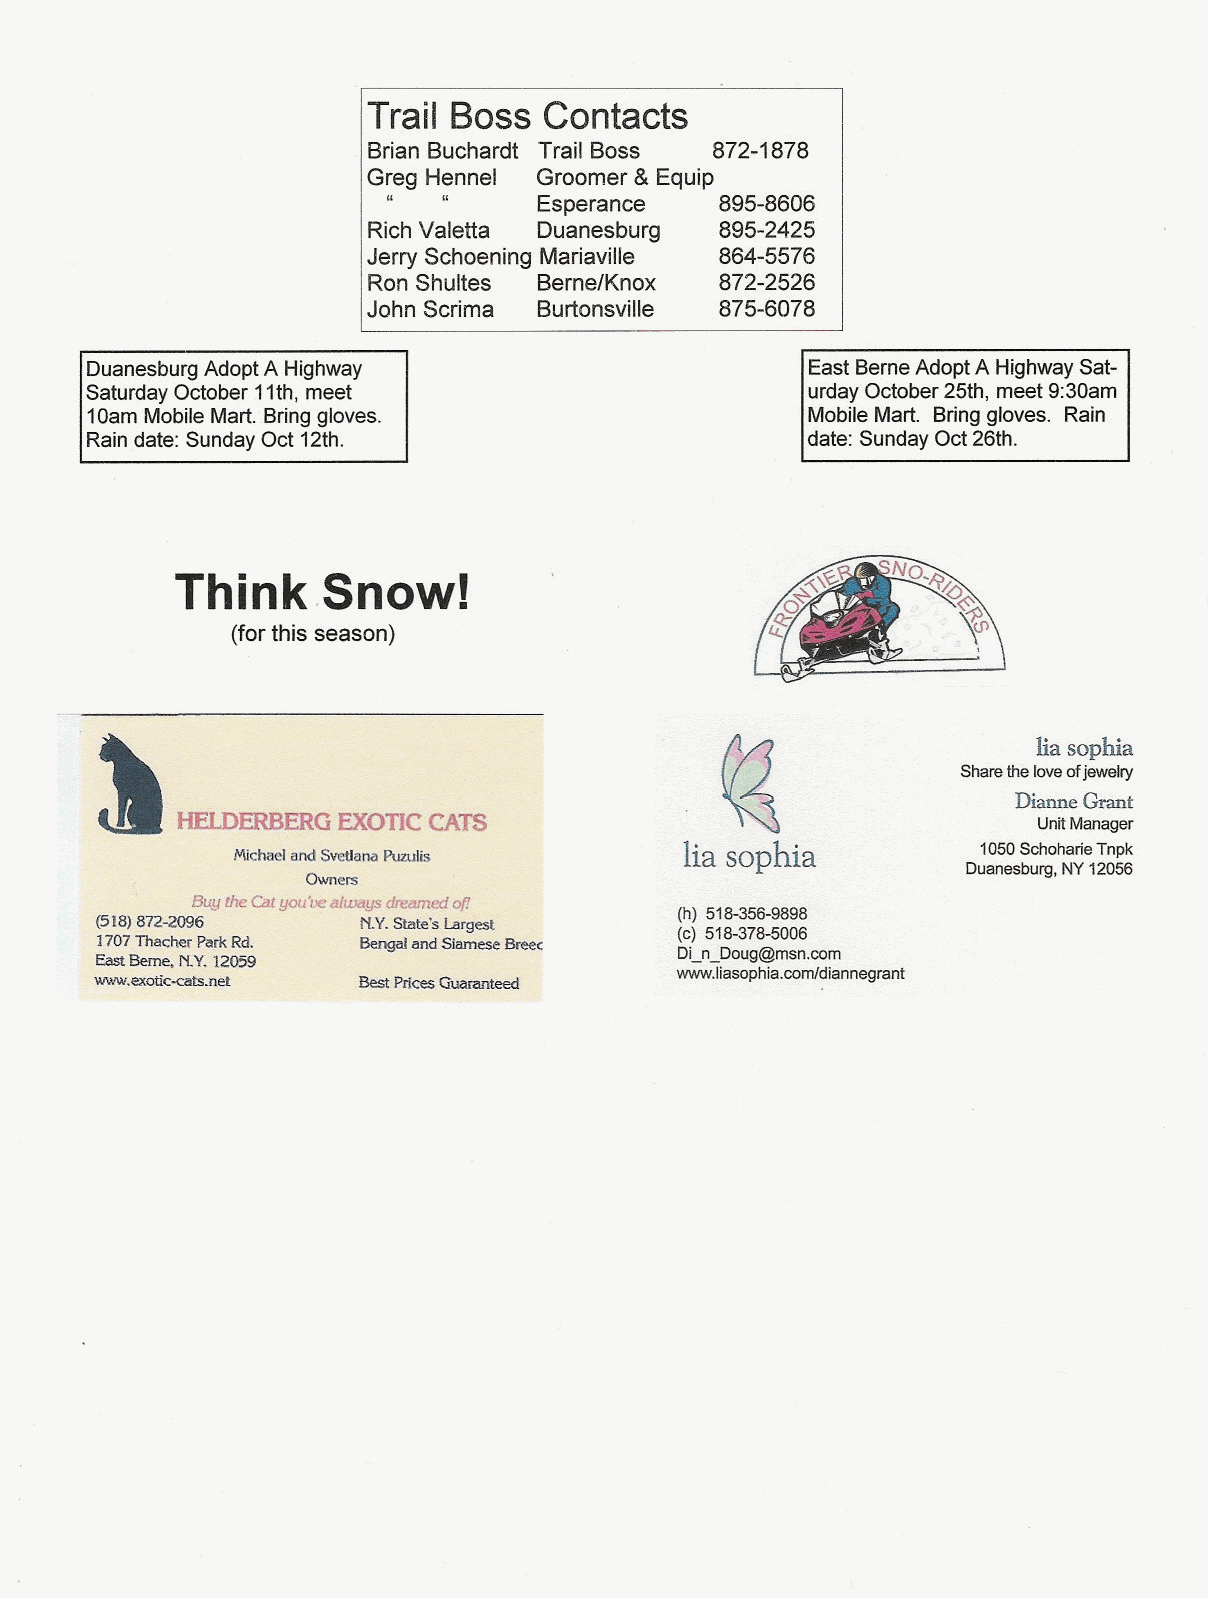
Trail Boss  Contacts
 Brian Buchardt Trail Boss 872-1878
 Greg Hennel Groomer & Equip
 ""        Esperance   895-8606
 RichValetta Duanesburg  895-2425
 Jerry Schoening Mariaville 864-5576
 RonShultes  Berne/Knox  872-2526
 John Scrima Burtonsville 875-6078
 DuanesburgAdoptA Highway                        East BerneAdoptA HighwaySat-
 SaturdayOctober 11th, meet                      urdayOctober25th, meet9:30am
 10amMobileMart.Bringgloves.                     MobileMart. Bringgloves. Rain
 Raindate:SundayOct 12th.                       date: SundayOct26th.
 Think,Snowl
 (for this season)
 ~                                           :                  lia sophia
 ~i~ ~..
 Share the love ofjewelry
 "...
 "..",            Dianne Grant
 tlELDERBERQEXOTICCATS                ... .. ..           UnitManager
 Michaeland SvetlanaPuzulis    lia sophia          1050 Schoharie Tnpk
 Owners                                      Duanesburg, NY 12056
 Buy the<;:atyou't)ealwags dreamed of
 (h) 518-356-9898
 (518)872-2096     N.Y.State's Largest
 (c) 518-378-5006
 1707Thacher ParkRd. BengalandSiamese Breec
 EastBerne,..N.Y,12059                  DLn_Doug@msn.com
 www.exotic-drts.I.l~t Best Prices Guaranteed' www.liasophia.com/diannegrant